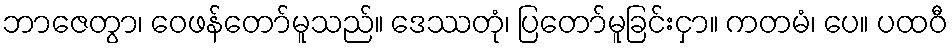
ဘာဇေတွာ၊ ဝေဖန်တော်မူသည်။ ဒေဿတုံ၊ ပြတော်မူခြင်းငှာ။ ကတမံ၊ ပေ။ ပထဝီ